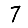
Digit: 7